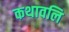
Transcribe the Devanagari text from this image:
कथावलि